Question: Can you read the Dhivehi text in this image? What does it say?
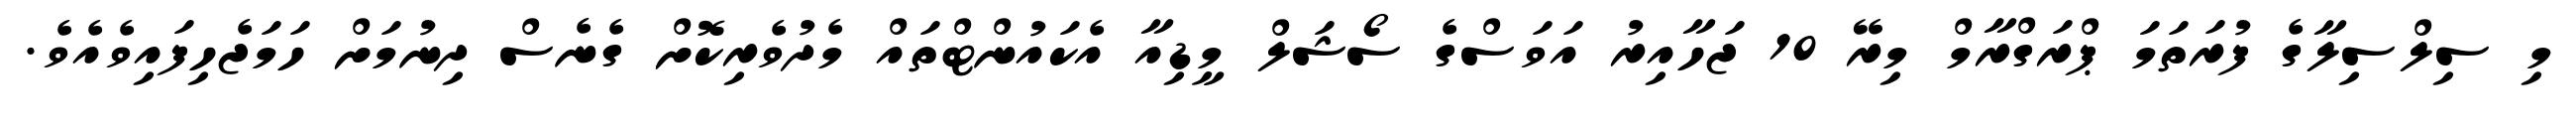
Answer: މި ސިލްސިލާގެ ފުރަތަމަ ޕްރަގްރާމް މިރޭ 10 ޖަހާއިރު އަވަސްގެ ސޯޝަލް މީޑިއާ އެކައުންޓްތައް މެދުވެރިކޮށް ގެނެސް ދިނުމަށް ހަމަޖެހިފައިވެއެވެ.